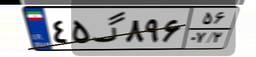
۴۵گ۸۹۶۵۶